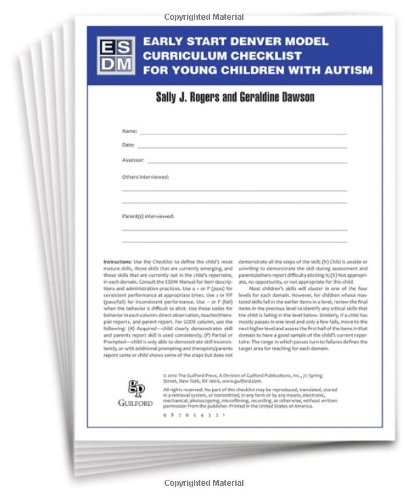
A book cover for Early Start Denver Model Curriculum Checklist for Young Children with Autism; Sally J. Rogers PhD; Health, Fitness & Dieting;